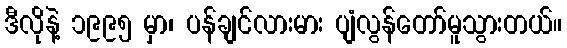
ဒီလိုနဲ့ ၁၉၉၅ မှာ၊ ပန်ချင်လားမား ပျံလွန်တော်မူသွားတယ်။